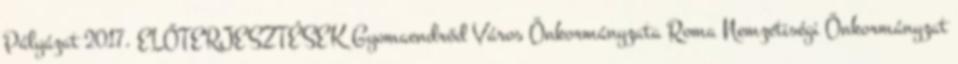
Pályázat 2017. ELŐTERJESZTÉSEK Gyomaendrőd Város Önkormányzata Roma Nemzetiségi Önkormányzat